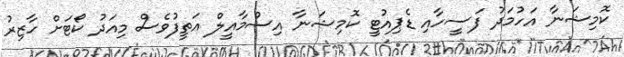
ކޮމިޝަނާ އަހުމަދު ފަސީހާއި ޑެޕިއުޓީ ކޮމިޝަނާ އިސްމާއީލް އަތީފުވެސް މިއަދު ކޯޓަށް ހާޒިރު